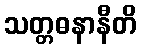
သတ္တဓနာနီတိ